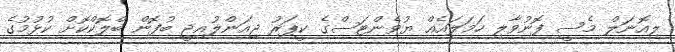
ލިއޮނަލް މެސީ ފޮނުވާލި ހަމަލައެއް ޔުވެންޓަސްގެ ކީޕަރު ޖިއަންލުއިޖީ ބުފޮން ބްލޮކްކޮށް ކުޅުމުގެ